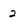
Character: 2